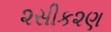
૨સીક૨ણ